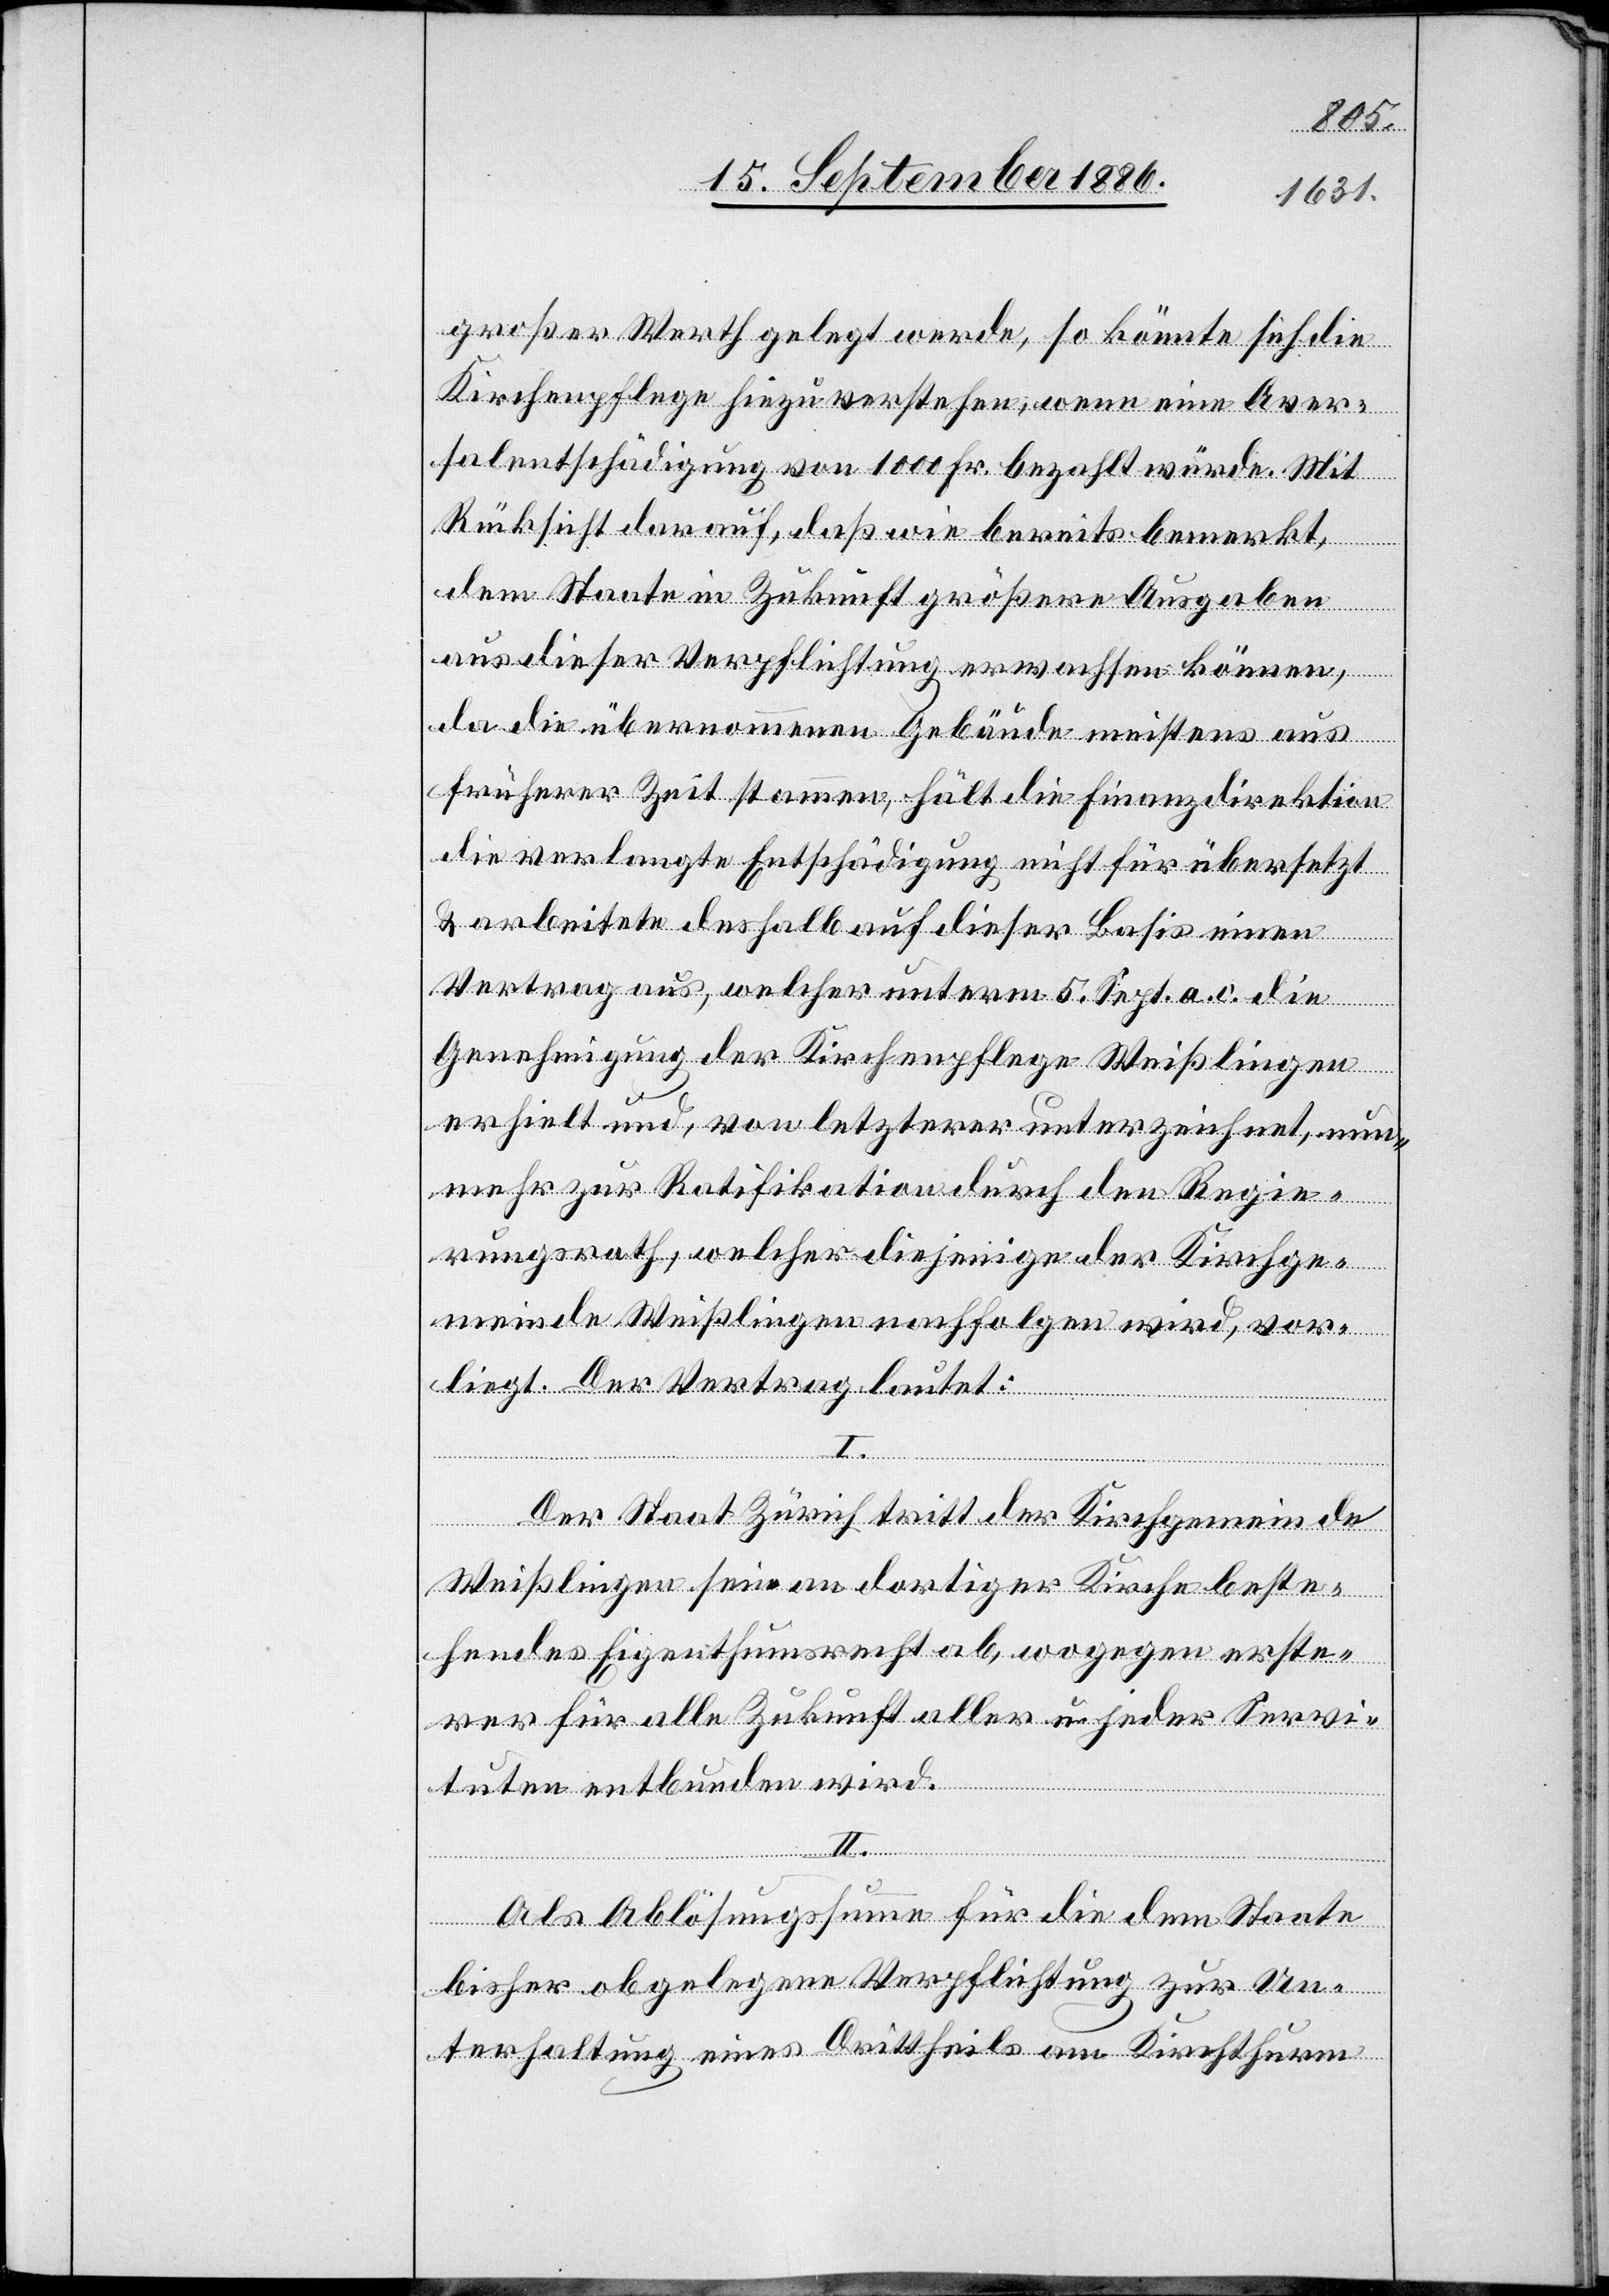
großer Werth gelegt werde, so könnte sich die
Kirchenpflege hiezu verstehen, wenn eine Aver¬
salentschädigung von 1000 Fr. bezahlt würde. Mit
Rücksicht darauf, daß wie bereits bemerkt,
dem Staate in Zukunft größere Ausgaben
aus dieser Verpflichtung erwachsen können,
da die übernommenen Gebäude meistens aus
früherer Zeit stammen, hält die Finanzdirektion
die verlangte Entschädigung nicht für übersetzt
& arbeitete deshalb auf dieser Basis einen
Vertrag aus, welcher unterm 5. Sept. a. c. die
Genehmigung der Kirchenpflege Weißlingen
I.
erhielt und, von letzterer unterzeichnet, nunm¬
ehr zur Ratifikation durch den Regie¬
rungsrath, welcher diejenige der Kirchge¬
meinde Weißlingen nachfolgen wird, vor¬
liegt. Der Vertrag lautet:
Der Staat Zürich tritt der Kirchgemeinde
Weißlingen sein an dortiger Kirche beste¬
hendes Eigenthumsrecht ab, wogegen erste¬
rer für alle Zukunft aller u. jeder Servi¬
tuten entbunden wird.
Als Ablösungssumme für die dem Staate
bisher obgelegenen Verpflichtung zur Un¬
terhaltung eines Drittheils am Kirchthurm